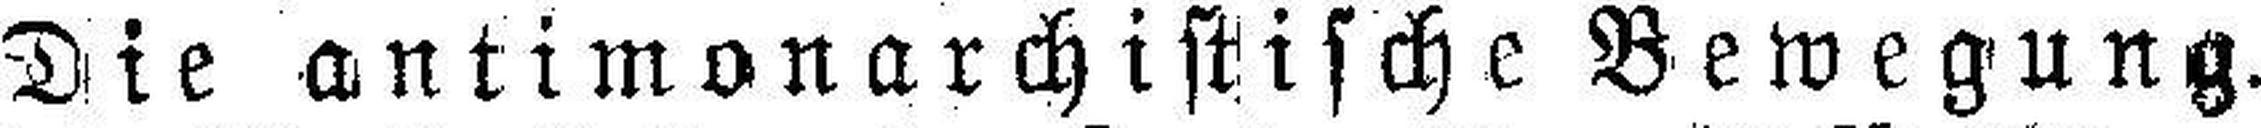
Die antimonarchistische Bewegung.